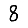
Digit: 8